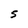
Character: S